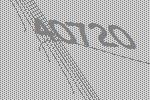
40720